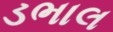
ડભાલ